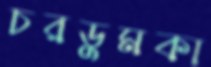
চরডুমকা